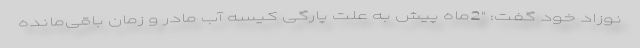
نوزاد خود گفت: "2ماه پیش به علت پارگی کیسه آب مادر و زمان باقی‌مانده